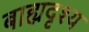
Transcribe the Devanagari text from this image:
बाह्यदृश्य